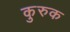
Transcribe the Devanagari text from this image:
कुरुक